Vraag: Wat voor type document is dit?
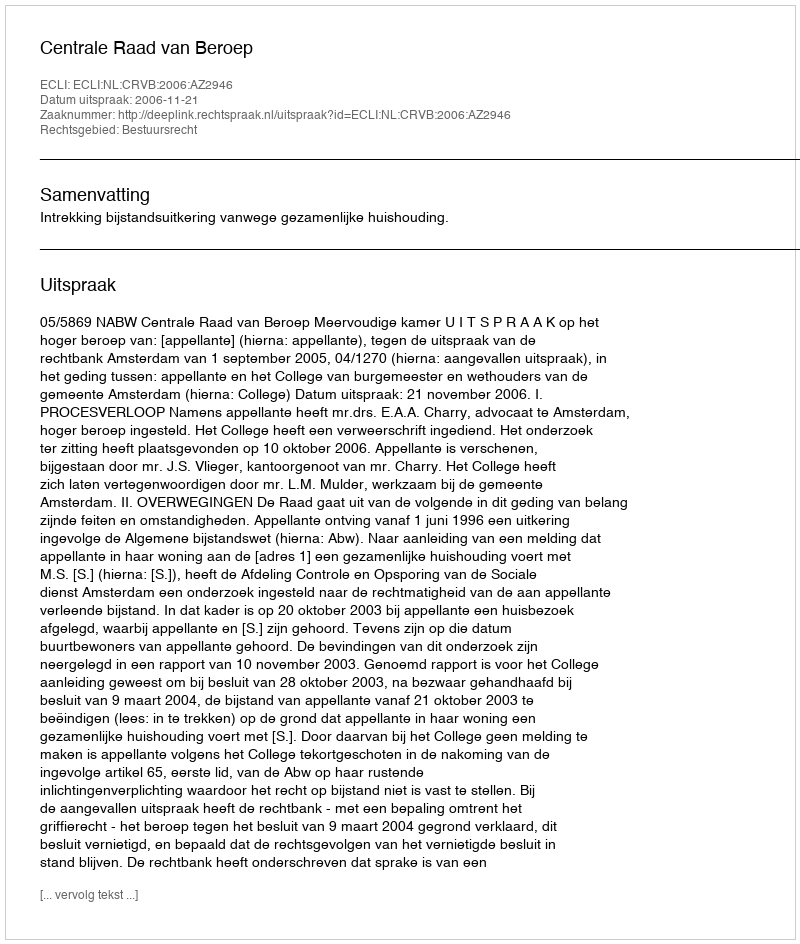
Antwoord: Uitspraak